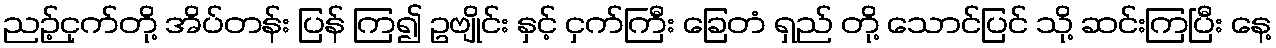
ညဉ့်ငှက်တို့ အိပ်တန်း ပြန် ကြ၍ ဥဗျိုင်း နှင့် ငှက်ကြီး ခြေတံ ရှည် တို့ သောင်ပြင် သို့ ဆင်းကြပြီး နေ့